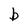
Character: b